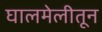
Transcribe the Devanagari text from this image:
घालमेलीतून